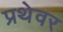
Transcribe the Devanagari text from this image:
प्रथेवर